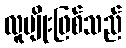
လူမျိုးဖြစ်သည်